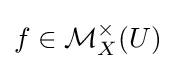
f\in {\mathcal {M}}_{X}^{\times }(U)